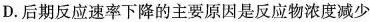
D.后期反应速率下降的主要原因是反应物浓度减少